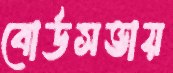
বোর্ডসভায়